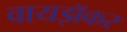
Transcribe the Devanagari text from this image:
वायझॅकर